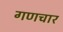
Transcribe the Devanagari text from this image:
गणचार